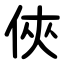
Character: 俠